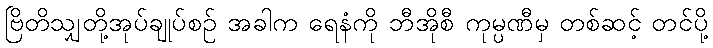
ဗြိတိသျှတို့အုပ်ချုပ်စဉ် အခါက ရေနံကို ဘီအိုစီ ကုမ္ပဏီမှ တစ်ဆင့် တင်ပို့